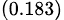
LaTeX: _{(0.183)}